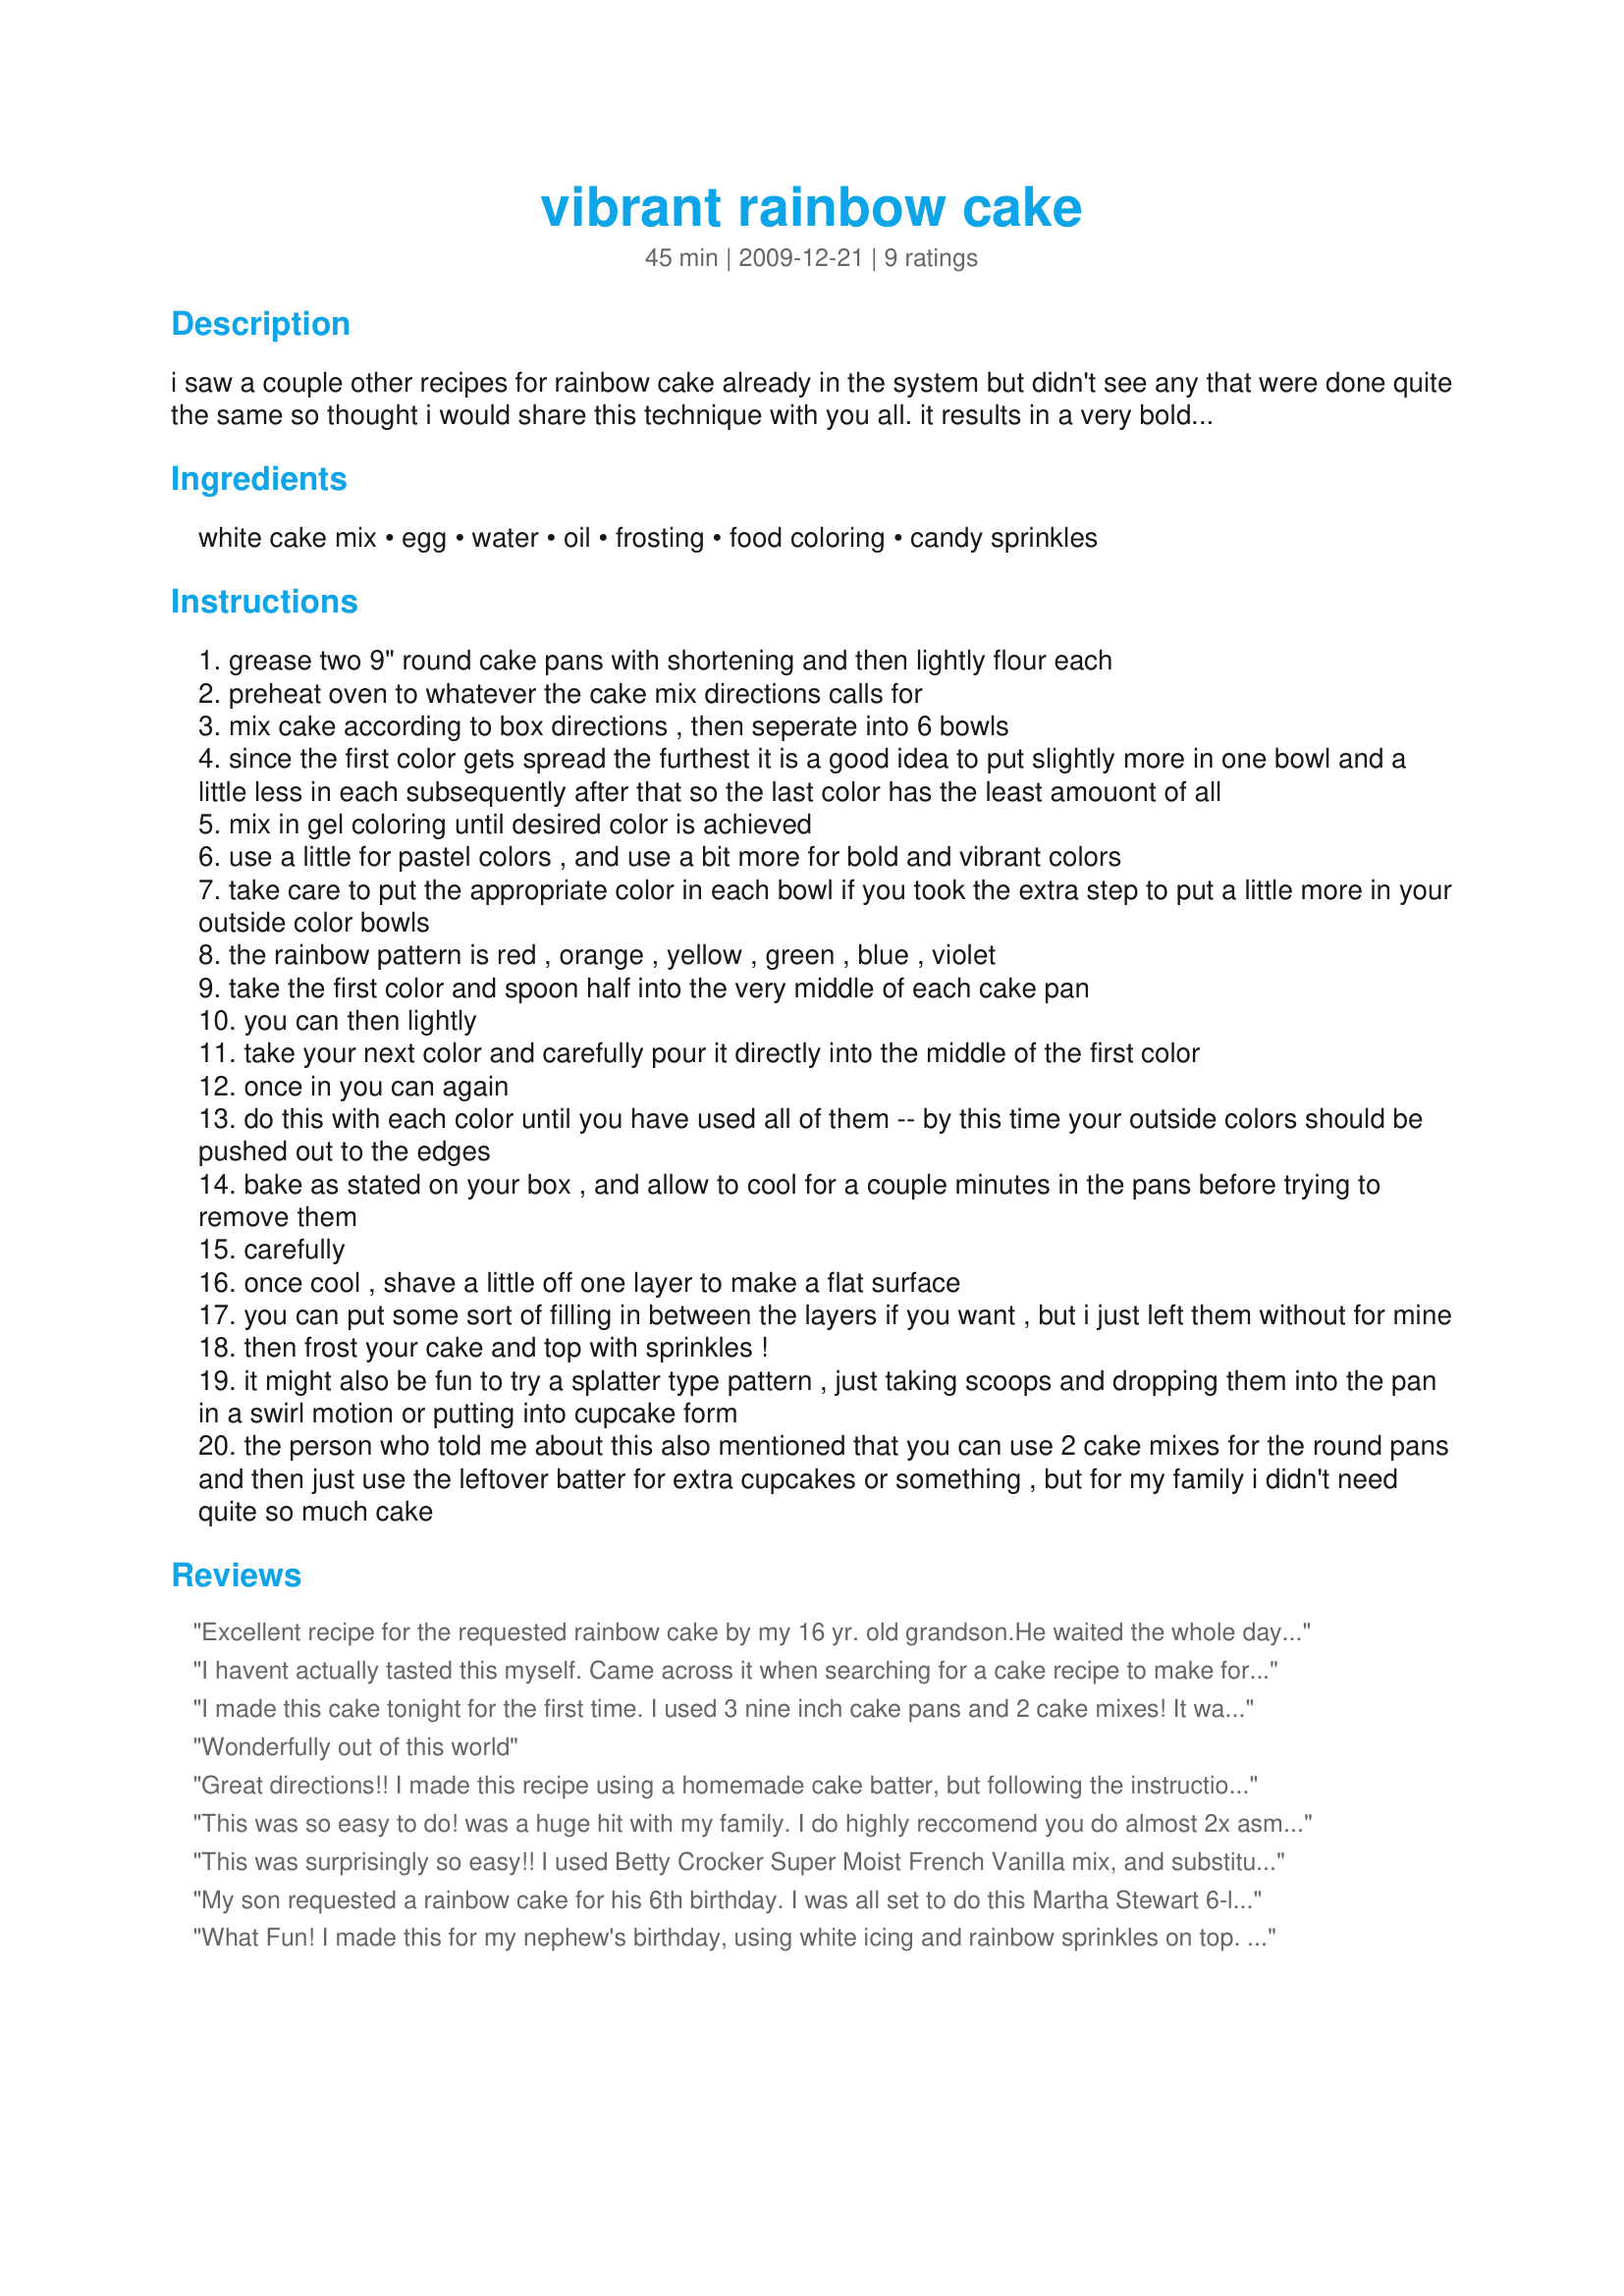
vibrant rainbow cake
Preparation time: 45 minutes

i saw a couple other recipes for rainbow cake already in the system but didn't see any that were done quite the same so thought i would share this technique with you all. it results in a very bold and vibrant rainbow cake that is super fun for all occasions, and you can use different colors for other things like the 4th of july you could do red, white and blue, or for christmas you could do red and green, etc. it is very important that you use the gel food coloring though, and not the liquid drops. and in order to do the full rainbow you need both the regular colors and the neon colors since the orange and purple come from the neon set.

Ingredients:
white cake mix, egg, water, oil, frosting, food coloring, candy sprinkles

Steps:
grease two 9" round cake pans with shortening and then lightly flour each
preheat oven to whatever the cake mix directions calls for
mix cake according to box directions , then seperate into 6 bowls
since the first color gets spread the furthest it is a good idea to put slightly more in one bowl and a little less in each subsequently after that so the last color has the least amouont of all
mix in gel coloring until desired color is achieved
use a little for pastel colors , and use a bit more for bold and vibrant colors
take care to put the appropriate color in each bowl if you took the extra step to put a little more in your outside color bowls
the rainbow pattern is red , orange , yellow , green , blue , violet
take the first color and spoon half into the very middle of each cake pan
you can then lightly
take your next color and carefully pour it directly into the middle of the first color
once in you can again
do this with each color until you have used all of them -- by this time your outside colors should be pushed out to the edges
bake as stated on your box , and allow to cool for a couple minutes in the pans before trying to remove them
carefully
once cool , shave a little off one layer to make a flat surface
you can put some sort of filling in between the layers if you want , but i just left them without for mine
then frost your cake and top with sprinkles !
it might also be fun to try a splatter type pattern , just taking scoops and dropping them into the pan in a swirl motion or putting into cupcake form
the person who told me about this also mentioned that you can use 2 cake mixes for the round pans and then just use the leftover batter for extra cupcakes or something , but for my family i didn't need quite so much cake

Reviews:
Excellent recipe for the requested rainbow cake by my 16 yr. old grandson.He waited the whole day in anticipation and was not let down. So moist and light and colours were so vibrant. I have posted photos thank you very much Culinary Explorer.
I havent actually tasted this myself. Came across it when searching for a cake recipe to make for the cake walk at the elementary school carnival. Thought it was a wonderful idea for kids!
I made this cake tonight for the first time. I used 3 nine inch cake pans and 2 cake mixes! It was really easy to make and it turned out awesome! I used chocolate frosting instead of white though and it was very yummy!!! And I added sprinkles on top!
Wonderfully out of this world
Great directions!! I made this recipe using a homemade cake batter, but following the instructions otherwise, and was very happy with the results! The kids really enjoyed it!
This was so easy to do! was a huge hit with my family. I do highly reccomend you do almost 2x asmuch of the red as you do the purple. mine was more evenly colored than pic as I alloted a little less fo reach colour as I worked inward.
I found 1 box of cake mix was enough for two 9" layers.
This was surprisingly so easy!! I used Betty Crocker Super Moist French Vanilla mix, and substituted about 2/3 of the oil for applesauce (I do this in almost every recipe - healthier, and I think it makes an even more moist cake!). I used almost 2x as much red as the purple and reduced the amount of batter just a bit by each color as I went through the rainbow. It was a nice surprise for my stepdaughter's 6th birthday. Thanks so much for posting!!
My son requested a rainbow cake for his 6th birthday. I was all set to do this Martha Stewart 6-layer rainbow cake, but when it was 9 o'clock before I got the kids to bed I thought, "oh no! I only have 2 cake pans! This is going to take all night!" I then thought there *has* to be something simpler and just as fabulous on Recipezaar. This recipe is awesome!!! Thank you for posting it and thank you to the reviewer who said to make twice as much red batter as purple. My cakes came out just perfect. Our guests were so impressed! And my son was like, "Wow! Rainbow Cake!" :) Thank you! Thank you!
What Fun! I made this for my nephew's birthday, using white icing and rainbow sprinkles on top. The boys thought the "rainbow" meant the sprinkles on top, and boy were they surprised to see the cake was rainbow colors. I used too much batter for the last color (purple), causing a big purple section in the center.
